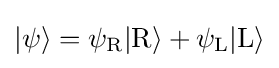
|\psi \rangle =\psi _{\mathrm {R} }|\mathrm {R} \rangle +\psi _{\mathrm {L} }|\mathrm {L} \rangle